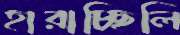
হারাচ্ছিলি